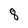
Character: 8